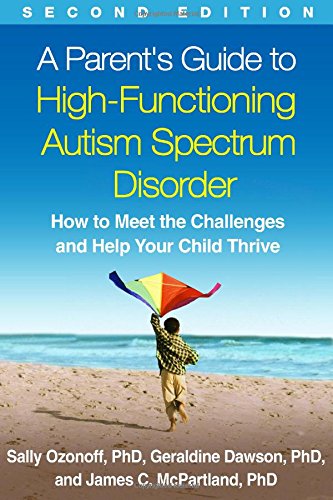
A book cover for A Parent's Guide to High-Functioning Autism Spectrum Disorder, Second Edition: How to Meet the Challenges and Help Your Child Thrive; Sally Ozonoff PhD; Parenting & Relationships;